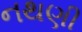
નથણી